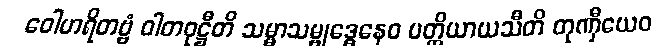
ဝေါဟရိတဗ္ဗံ ဝါတဝုဋ္ဌီတိ သမ္မာသမ္ဗုဒ္ဓေနေဝ ပတ္တိယာယသီတိ တုဏှီယေဝ